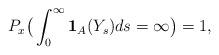
LaTeX: \begin{align*}P_x \big(\int_{0}^{\infty} \mathbf{1}_{A}(Y_s)ds = \infty\big)=1,\end{align*}